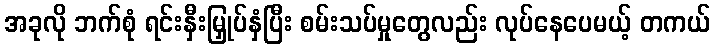
အခုလို ဘက်စုံ ရင်းနှီးမြှုပ်နှံပြီး စမ်းသပ်မှုတွေလည်း လုပ်နေပေမယ့် တကယ်